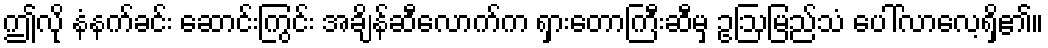
ဤလို နံနက်ခင်း ဆောင်းကြွင်း အချိန်ဆီလောက်က ရှားတောကြီးဆီမှ ဥဩမြည်သံ ပေါ်လာလေ့ရှိ၏။